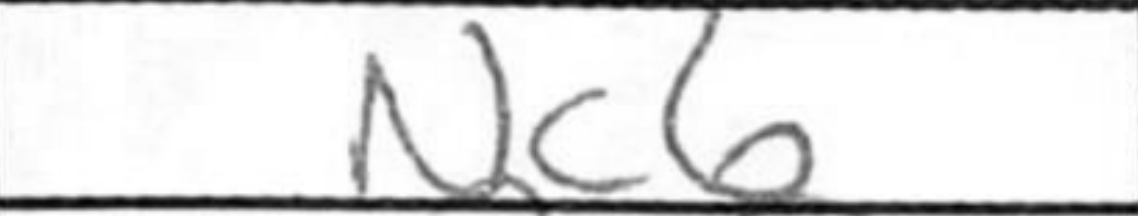
Transcription: Nc6